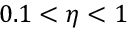
0 . 1 < \eta < 1